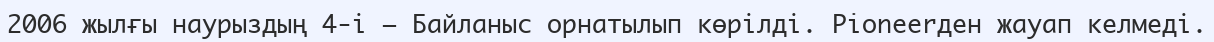
2006 жылғы наурыздың 4-і — Байланыс орнатылып көрілді. Pioneerден жауап келмеді.